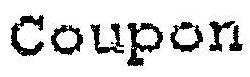
COUPON